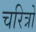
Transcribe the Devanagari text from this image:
चरित्रो